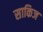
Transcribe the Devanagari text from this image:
साकिज